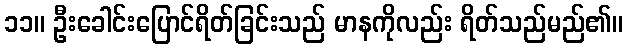
၁၁။ ဦးခေါင်းပြောင်ရိတ်ခြင်းသည် မာနကိုလည်း ရိတ်သည်မည်၏။